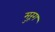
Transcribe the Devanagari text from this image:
मुरूंग